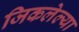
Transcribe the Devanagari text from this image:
जिकलेल्या